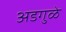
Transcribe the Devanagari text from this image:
अडगुळे